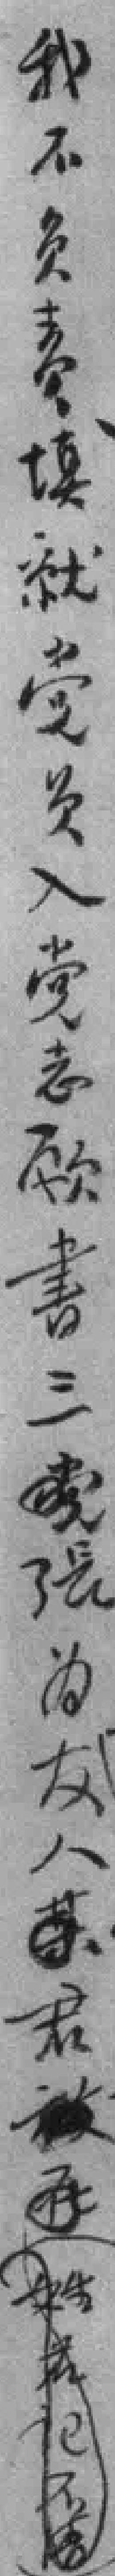
我不负责填就党员入党志願書三張为友人君